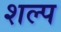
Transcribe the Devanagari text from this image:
शल्प